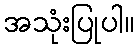
အသုံးပြုပါ။